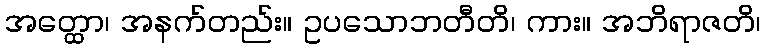
အတ္ထော၊ အနက်တည်း။ ဥပသောဘတီတိ၊ ကား။ အဘိရာဇတိ၊